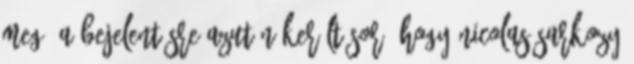
meg. A bejelentésre azután került sor, hogy Nicolas Sarkozy